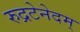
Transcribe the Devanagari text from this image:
रुद्रटेनेदम्